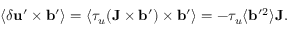
\langle { \delta { \bf { u } } ^ { \prime } \times { \bf { b } } ^ { \prime } } \rangle = \langle { \tau _ { u } ( { \bf { J } } \times { \bf { b } } ^ { \prime } ) \times { \bf { b } } ^ { \prime } } \rangle = - \tau _ { u } \langle { { \bf { b } } ^ { \prime } { } ^ { 2 } } \rangle { \bf { J } } .